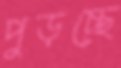
পুড়চ্ছে